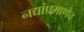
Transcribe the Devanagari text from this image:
नद्यांप्रमाणेच